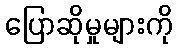
ပြောဆိုမှုများကို